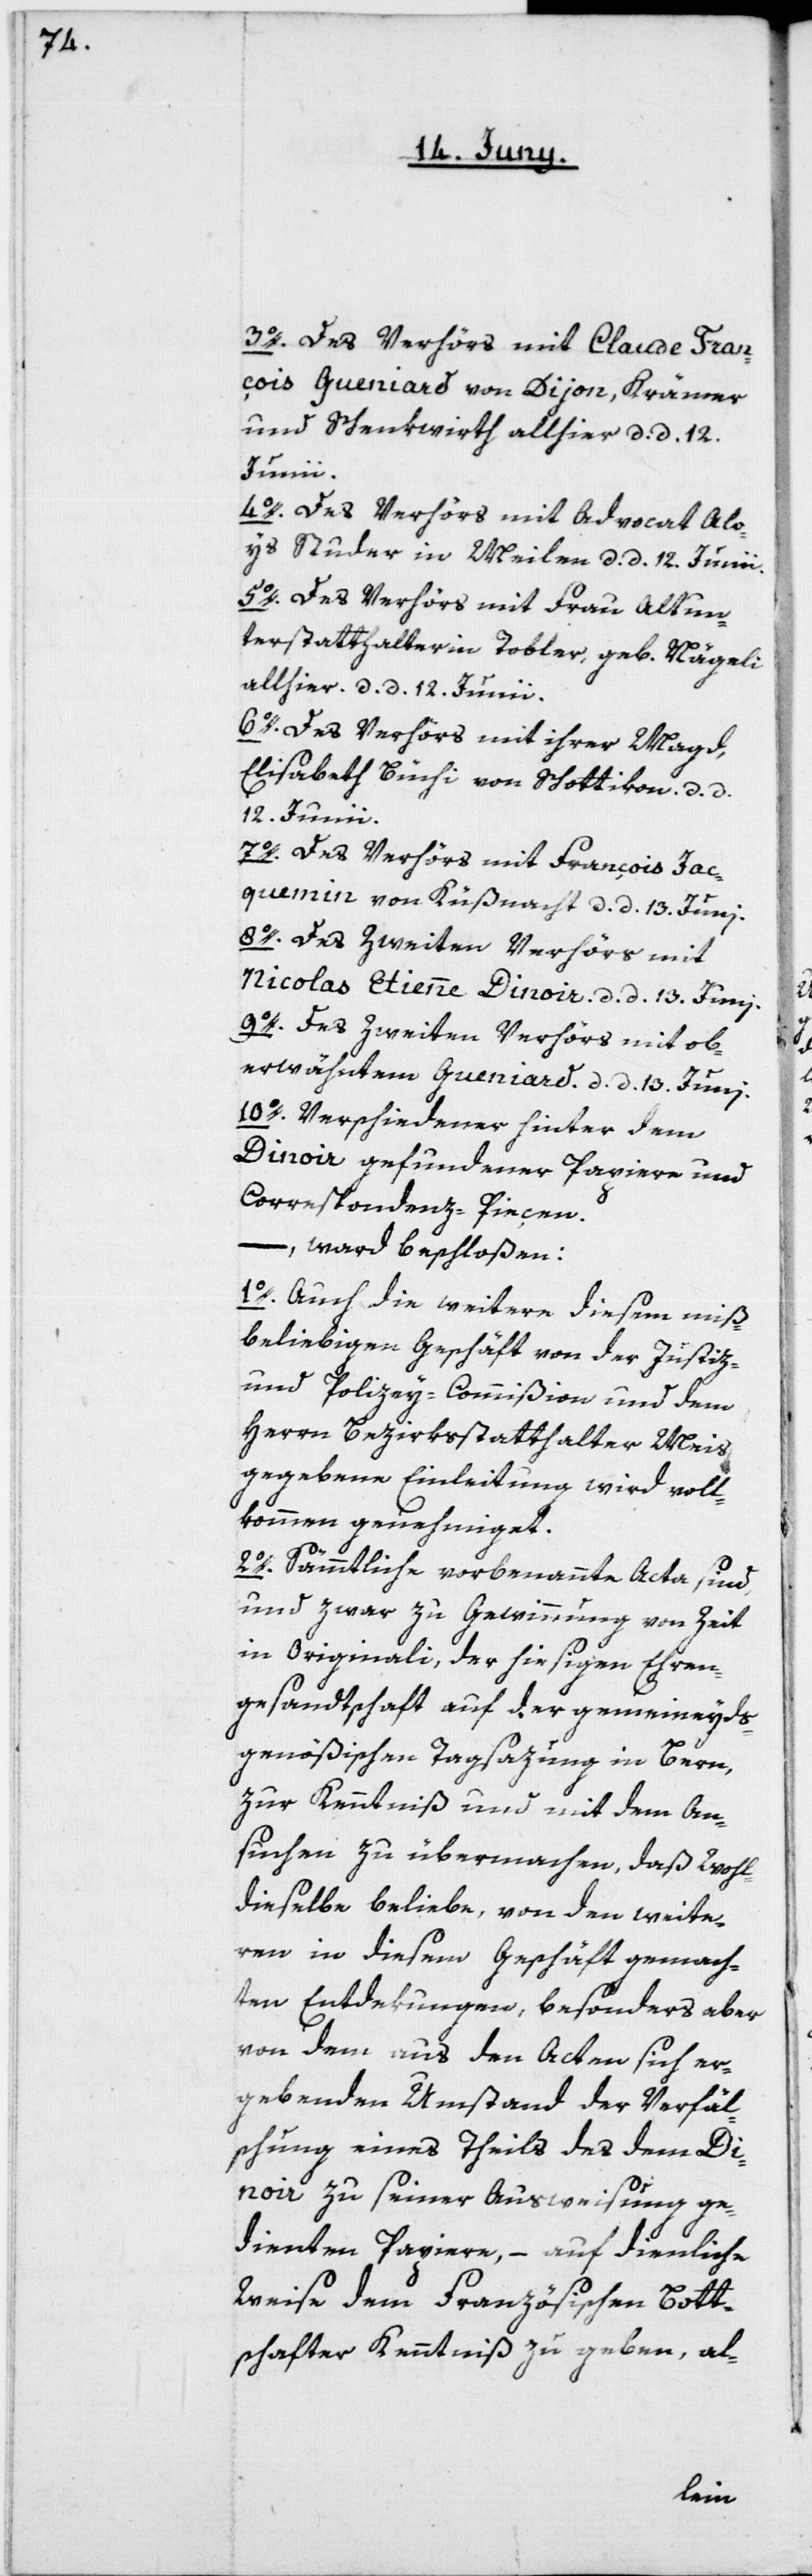
3o. Des Verhörs mit Claude Fran¬
çois Gueniard von Dijon, Krämer
und Schenkwirth allhier, d. d. 12.
Junii.
4o. Des Verhörs mit Advocat Alo¬
ys Studer in Meilen d. d. 12. Junii.
5o. Des Verhörs mit Frau Altun¬
terstatthalterin Tobler, geb. Nägeli,
allhier, d. d. 12. Junii.
6o. Des Verhörs mit ihrer Magd,
Elisabeth Büchi von Schottikon, d. d.
12. Junii.
7o. Des Verhörs mit François Jac¬
quemin von Küsnacht d. d. 13. Juni.
8o. Des Zweiten Verhörs mit
Nicolas Etienne Dinoir, d. d. 13. Juni.
9o. Des Zweiten Verhörs mit ob¬
erwähntem Gueniard, d. d. 13. Juni.
10o. Verschiedener hinter dem
Dinoir gefundener Papiere und
Correspondenz-Pieçen,
– ward beschloßen:
1o. Auch die weitere diesem miß¬
beliebigen Geschäft von der Justiz-
und Polizey-Commißion und dem
Herrn Bezirksstatthalter Meis
gegebene Einleitung wird voll¬
kommen genehmiget.
2o. Sämmtliche vorbenannte Acta sind,
und zwar zu Gewinnung von Zeit
in Originali, der hiesigen Ehren¬
gesandtschaft auf der gemeineyds¬
genößischen Tagsazung in Bern,
zur Kenntniß und mit dem An¬
suchen zu übermachen, daß Wohl¬
dieselbe beliebe, von den weite¬
ren in diesem Geschäft gemach¬
ten Entdekungen, besonders aber
von dem aus den Acten sich er¬
gebenden Umstand der Verfäl¬
schung eines Theils des dem Di¬
noir zu seiner Ausweisung ge¬
dienten Papiere, – auf dienliche
Weise dem Französischen Bott¬
schafter Kenntniß zu geben, al-